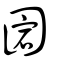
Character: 𡇵